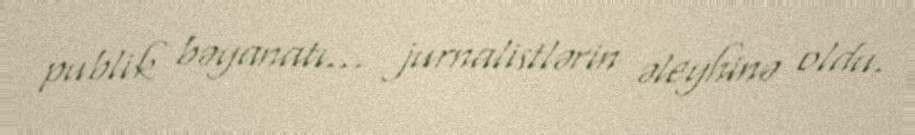
publik bəyanatı... jurnalistlərin əleyhinə oldu.